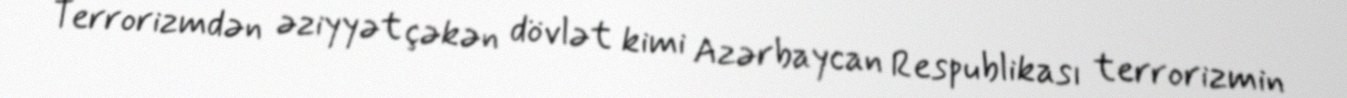
Terrorizmdən əziyyət çəkən dövlət kimi Azərbaycan Respublikası terrorizmin